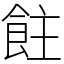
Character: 飳